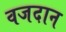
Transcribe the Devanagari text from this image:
वजदान